Jaan_Tonisson_(Lasteleht), lk 255
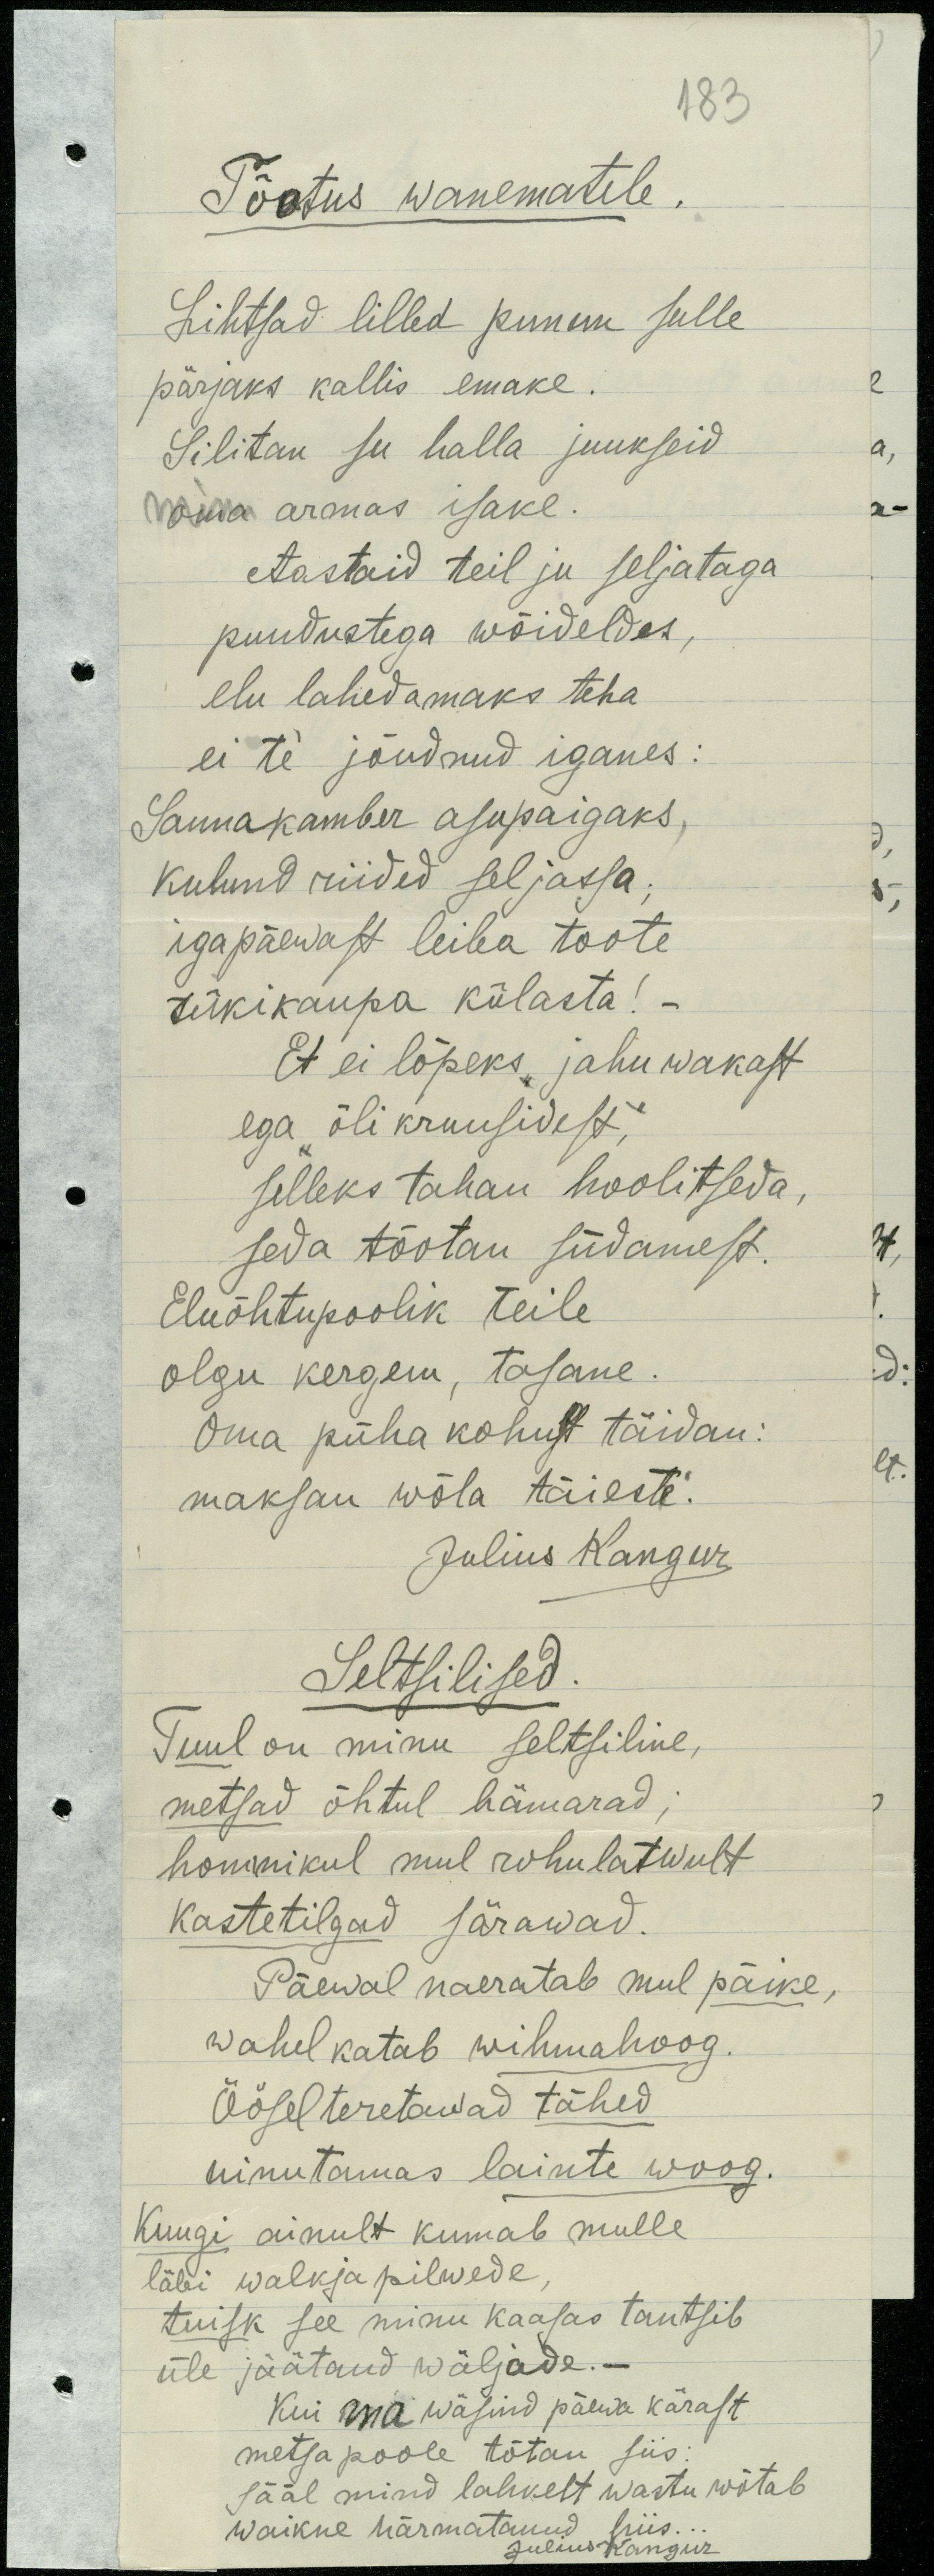
183
Tõotus wanematele.
Lihtsad lilled punun sulle
pärjaks kallis emake.
Silitan su halla juukseid
oma armas isake.
Aastaid teil ju seljataga
puudustega wõideldes,
elu lahedamaks teha
ei te jõudnud iganes:
Sannakamber asupaigaks,
kulund riided seljassa;
igapäewast leiba toote.
tükikaupa külasta!
Et ei lõpeks jahu wakast
ega õli kruusidest,
selleks tahan hoolitseda,
seda tõotan südamest.
Eluõhtupoolik teile
olgu kergem, tasane,
Oma püha kohust täidan:
maksan wõla täieste.
Julius Kangur
Seltsilised.
Tuul on minu seltsiline,
metsad õhtul hämarad,
hommikul mul rohulatwult
kastetilgad särawad.
Päewal naeratab mul päike,
wahel katab wihmahoog.
Öösel teretawad tähed
uinutamas lainte woog.
Kuugi ainult kumab mulle
läbi walkja pilwede
tuisk see minu kaasas tantsib
üle jäätand wäljade. -
Kui ma wäsind päewa kärast
metsapoole tõtan siis:
sääl mind lahkelt wastu wõtab
waikne härmatanud hiis...
Julius Kangur